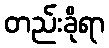
တည်းခိုရာ